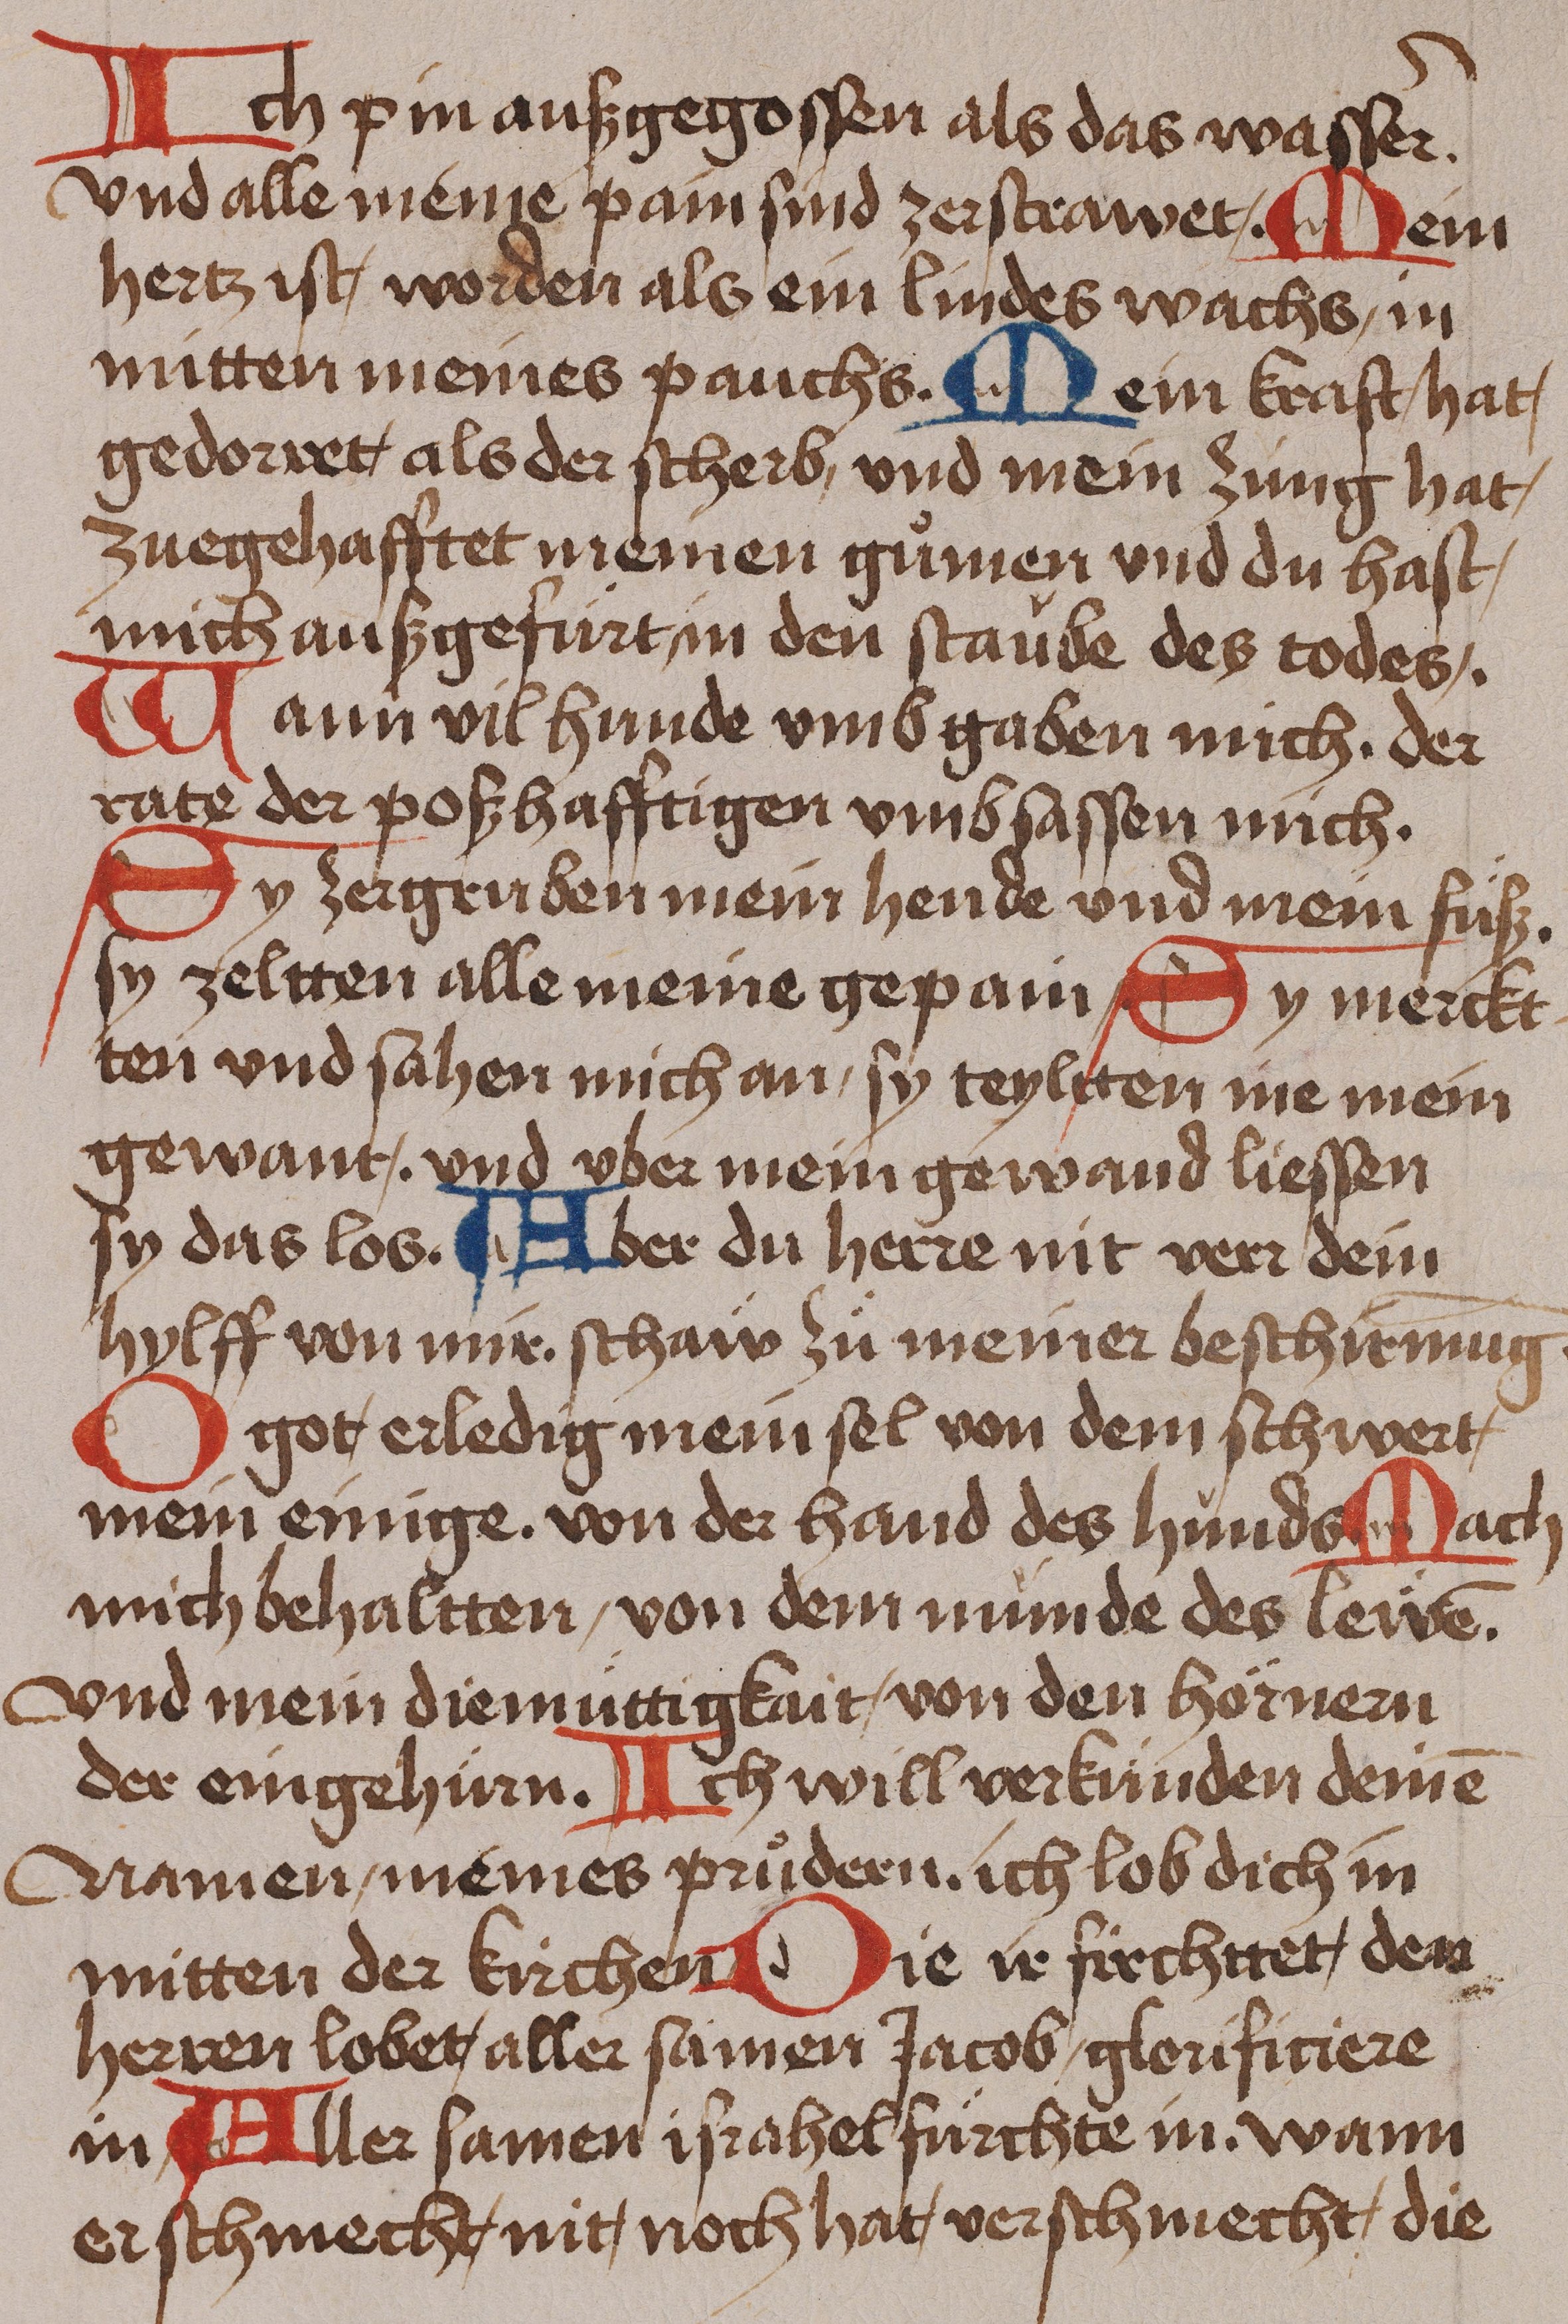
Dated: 1485–1485